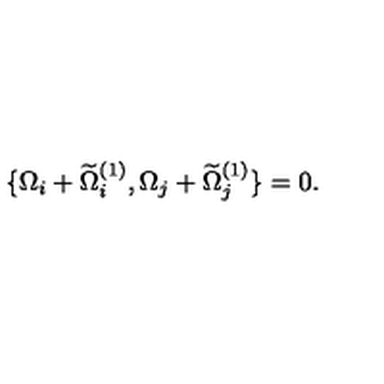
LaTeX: \{ \Omega _ { i } + \widetilde { \Omega } _ { i } ^ { ( 1 ) } , \Omega _ { j } + \widetilde { \Omega } _ { j } ^ { ( 1 ) } \} = 0 .